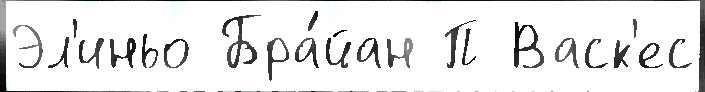
Эл'иньо Бра́йан П Васк'ес